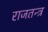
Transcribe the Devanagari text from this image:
राजतन्‍त्र